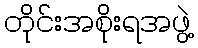
တိုင်းအစိုးရအဖွဲ့